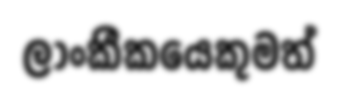
ලාංකීකයෙකුමත්